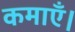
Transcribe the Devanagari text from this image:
कमाएँ।